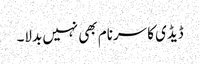
ڈیڈی کا سرنام بھی نہیں بدلا۔